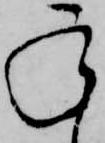
承